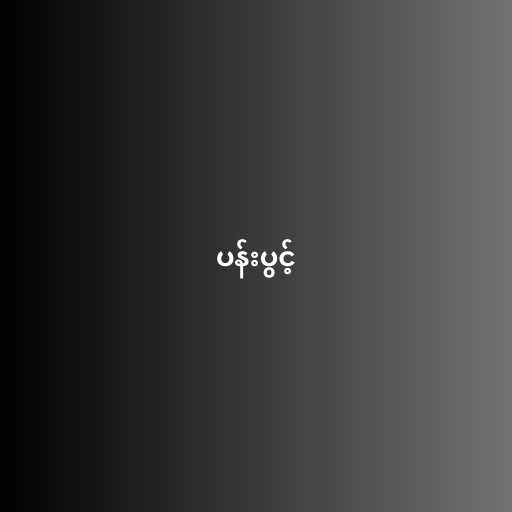
ပန်းပွင့်